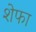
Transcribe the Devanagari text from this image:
शेफा